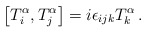
\begin{align*}\left[ T_{i}^{\alpha },T_{j}^{\alpha }\right] =i\epsilon _{ijk}T_{k}^{\alpha }\, .\end{align*}